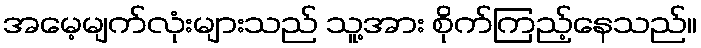
အမေ့မျက်လုံးများသည် သူ့အား စိုက်ကြည့်နေသည်။